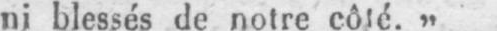
ni blessés de notre côté.»